Indian journal of veterinary science and animal husbandry - Volume 14,
Year: 1944
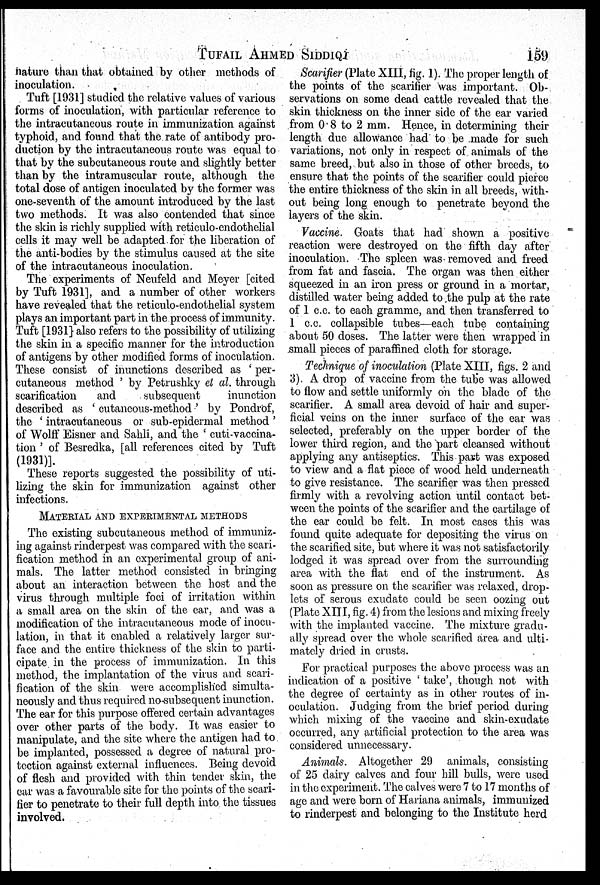
TUFAIL
AHMED
SIDDIQI
159
nature than that obtained by other methods of
inoculation.
Tuft [1931] studied the relative values of various
forms of inoculation, with particular reference to
the intracutaneous route in immunization against
typhoid, and found that the rate of antibody pro-
duction by the intracutaneous route was equal to
that by the subcutaneous route and slightly better
than by the intramuscular route, although the
total dose of antigen inoculated by the former was
one-seventh of the amount introduced by the last
two methods. It was also contended that since
the skin is richly supplied with reticulo-endothelial
cells it may well be adapted for the liberation of
the anti-bodies by the stimulus caused at the site
of the intracutaneous inoculation.
The experiments of Neufeld and Meyer [cited
by Tuft 1931], and a number of other workers
have revealed that the reticulo-endothelial system
plays an important part in the process of immunity.
Tuft [1931] also refers to the possibility of utilizing
the skin in a specific manner for the introduction
of antigens by other modified forms of inoculation.
These consist of inunctions described as 'per-
cutaneous method' by Petrushky et al. through
scarification
and
subsequent
inunction
described as 'cutaneous-method' by Pondrof,
the 'intracutaneous or sub-epidermal method'
of Wolff Eisner and Sahli, and the 'cuti-vaccina-
tion' of Besredka, [all references cited by Tuft
(1931)].
These reports suggested the possibility of uti-
lizing the skin for immunization against other
infections.
MATERIAL AND EXPERIMENTAL METHODS
The existing subcutaneous method of immuniz-
ing against rinderpest was compared with the scari-
fication method in an experimental group of ani-
mals. The latter method consisted in bringing
about an interaction between the host and the
virus through multiple foci of irritation within
a small area on the skin of the ear, and was a
modification of the intracutaneous mode of inocu-
lation, in that it enabled a relatively larger sur-
face and the entire thickness of the skin to parti-
cipate in the process of immunization. In this
method, the implantation of the virus and scari-
fication of the skin were accomplished simulta-
neously and thus required no-subsequent inunction.
The ear for this purpose offered certain advantages
over other parts of the body. It was easier to
manipulate, and the site where the antigen had to
be implanted, possessed a degree of natural pro-
tection against external influences. Being devoid
of flesh and provided with thin tender skin, the
ear was a favourable site for the points of the scari-
fier to penetrate to their full depth into the tissues
involved.
Scarifier (Plate XIII, fig. 1). The proper length of
the points of the scarifier was important. Ob-
servations on some dead cattle revealed that the
skin thickness on the inner side of the ear varied
from 0.8 to 2 mm. Hence, in determining their
length due allowance had to be made for such
variations, not only in respect of animals of the
same breed, but also in those of other breeds, to
ensure that the points of the scarifier could pierce
the entire thickness of the skin in all breeds, with-
out being long enough to penetrate beyond the
layers of the skin.
Vaccine. Goats that had shown a positive
reaction were destroyed on the fifth day after
inoculation. The spleen was removed and freed
from fat and fascia. The organ was then either
squeezed in an iron press or ground in a mortar,
distilled water being added to the pulp at the rate
of 1 c.c. to each gramme, and then transferred to
1 c.c. collapsible tubes—each tube containing
about 50 doses. The latter were then wrapped in
small pieces of paraffined cloth for storage.
Technique of inoculation (Plate XIII, figs. 2 and
3). A drop of vaccine from the tube was allowed
to flow and settle uniformly on the blade of the
scarifier. A small area devoid of hair and super-
ficial veins on the inner surface of the ear was
selected, preferably on the upper border of the
lower third region, and the part cleansed without
applying any antiseptics. This part was exposed
to view and a flat piece of wood held underneath
to give resistance. The scarifier was then pressed
firmly with a revolving action until contact bet-
ween the points of the scarifier and the cartilage of
the ear could be felt. In most cases this was
found quite adequate for depositing the virus on
the scarified site, but where it was not satisfactorily
lodged it was spread over from the surrounding
area with the flat end of the instrument. As
soon as pressure on the scarifier was relaxed, drop-
lets of serous exudate could be seen oozing out
(Plate XIII, fig. 4) from the lesions and mixing freely
with the implanted vaccine. The mixture gradu-
ally spread over the whole scarified area and ulti-
mately dried in crusts.
For practical purposes the above process was an
indication of a positive 'take', though not with
the degree of certainty as in other routes of in-
oculation. Judging from the brief period during
which mixing of the vaccine and skin-exudate
occurred, any artificial protection to the area was
considered unnecessary.
Animals. Altogether 29 animals, consisting
of 25 dairy calves and four hill bulls, were used
in the experiment. The calves were 7 to 17 months of
age and were born of Hariana animals, immunized
to rinderpest and belonging to the Institute herd